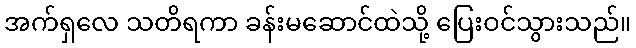
အက်ရှလေ သတိရကာ ခန်းမဆောင်ထဲသို့ ပြေးဝင်သွားသည်။